Insane asylums in Bengal annual reports 1876-1887 - 1876-1887
Year: 1876
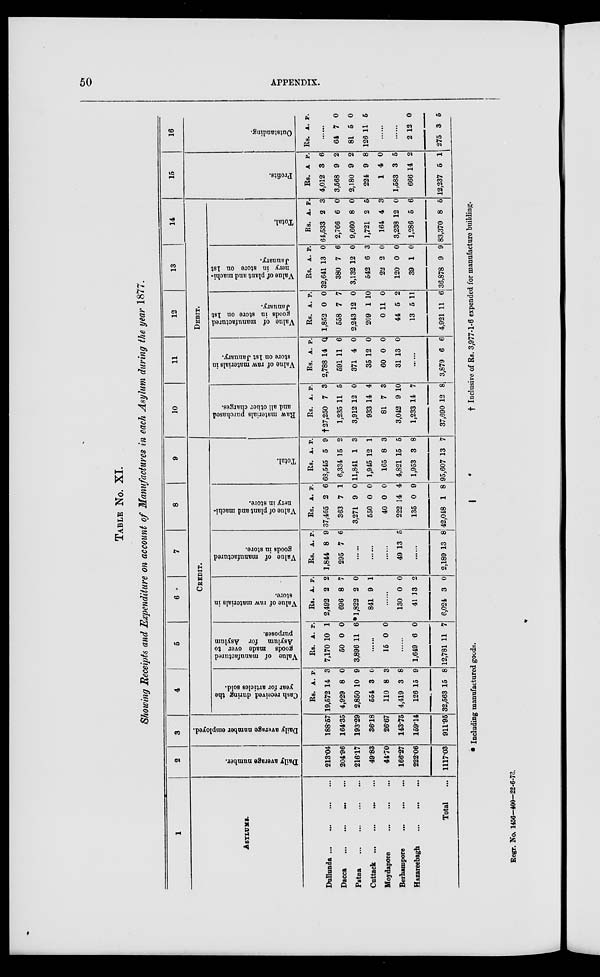
50
APPENDIX.
TABLE No. XI.
Showing Receipts and Expenditure on account of Manufactures in each Asylum during the year 1877.
1
ASYLUMS.
Dullunda
...
...
...
...
Dacca
...
...
...
...
Patna
...
...
...
...
Cattack ... ... ... ...
Moydapore ... ... ...
Berhampore
...
...
...
Hazareebagh
...
...
...
Total ...
2
Daily average number.
213.04
204.96
21617
49.83
44.70
166.27
222.06
1117.03
3
Daily average number employed.
188.57
164.35
193.29
36.18
26.67
143.75
159.14
911.95
4
5
6
7
8
9
CREDIT.
Cash received during the
year for articles sold.
Rs.
19,572
4,929
2,850
554
110
4,419
126
32,563
A.
14
8
10
3
8
3
15
15
P.
3
0
9
0
3
8
9
8
Value of manufactured
goods made over to
Asylum for Asylum
purposes.
Rs.
7,170
50
3,896
A.
10
0
11
P.
1
0
6
......
15 0 0
......
1,649
12,781
6
11
0
7
Value of raw materials in
store.
Rs.
2,492
696
1,822
841
A.
2
8
2
9
P.
2
7
0
1
......
130
41
6,024
0
13
3
0
2
0
Value of manufactured
goods in store.
Rs.
1,844
295
A.
8
7
P.
9
6
......
......
......
49 13 5
......
2,189 13 8
Value of plant and machi-
nery in store.
Rs.
37,465
363
3,271
550
40
222
135
42,048
A.
2
7
9
0
0
14
0
1
P.
6
1
0
0
0
4
9
8
Total.
Rs.
68,545
6,334
11,841
1,945
165
4,821
1,953
95,607
A.
5
15
1
12
8
15
3
13
P.
9
2
3
1
3
5
8
7
10
11
12
13
14
DEBIT.
Raw materials purchased
and all other charges.
Rs.
† 27,250
1,235
3,912
933
81
3,042
1,233
37,690
A.
7
11
12
14
7
9
14
12
P.
3
5
0
4
3
10
7
8
Value of raw materials in
store on 1st January.
Rs.
2,788
591
371
35
60
31
A.
14
11
4
12
0
13
P.
0
6
0
0
0
0
......
3,879 6 6
Value of manufactured
goods in store on 1st
January.
Rs.
1,852
558
2,243
209
0
44
13
4,921
A.
0
7
12
1
11
5
5
11
P.
0
7
0
10
0
2
11
6
Value of plant and machi-
nery in store on 1st
January.
Rs.
32,641
380
3,132
542
22
120
39
36,878
A.
13
7
12
6
2
0
1
9
P.
0
6
0
3
0
0
0
9
Total
Rs.
64,533
2,766
9,660
1,721
164
3,238
1,286
83,370
A.
2
6
8
2
4
12
5
8
P.
3
0
0
5
3
0
6
5
15
Profits.
Rs.
4,012
3,568
2,180
224
1
1,583
666
12,237
A.
3
9
9
9
4
3
14
5
P.
6
2
2
8
0
5
2
1
16
Outstanding.
Rs. A. P.
......
64
81
126
7
5
11
0
0
5
......
......
2
275
12
3
0
5
* Including manufactured goods.
† Inclusive of Rs. 3,977-1-6 expended for manufacture building.
Regr. No. 1456—400—22-6-78.